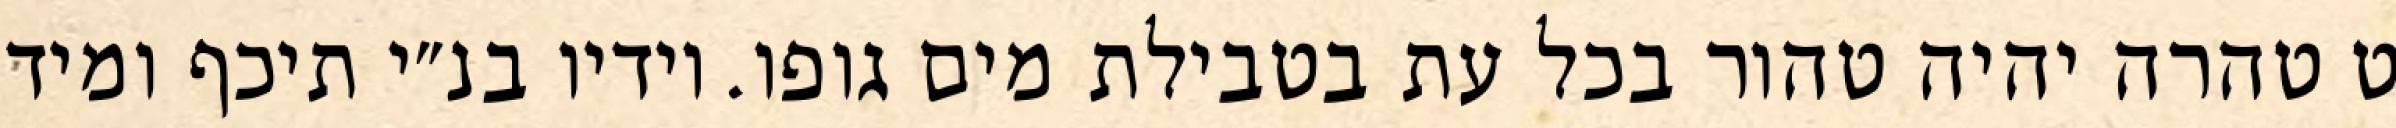
ט טהרה יהיה טהור בכל עת בטבילת מים גופו. וידיו בנ״י תיכף ומיד